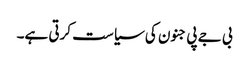
بی جے پی جنون کی سیاست کرتی ہے۔